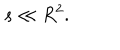
s \ll R ^ { 2 } .